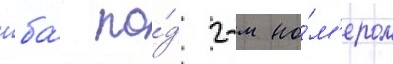
нба́ по́д 2-м но́м'ером